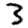
Digit: 3